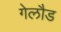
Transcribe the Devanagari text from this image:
गेलौड